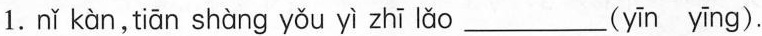
1. nǐ kàn，tiān shàng yǒu yì zhī lǎo ___( yīn yīng ).